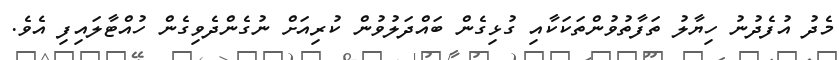
މެދު އުފެދުނު ހިޔާލު ތަފާތުވުންތަކަކާއި ގުޅިގެން ބައްދަލުވުން ކުރިއަށް ނުގެންދެވިގެން ހުއްޓާލައިފި އެވެ.